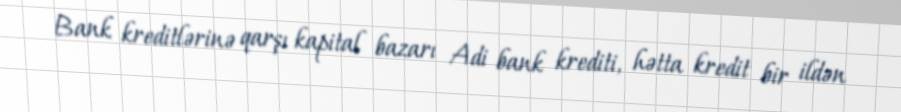
Bank kreditlərinə qarşı kapital bazarı Adi bank krediti, hətta kredit bir ildən